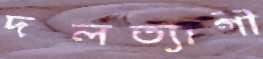
দলত্যাগী